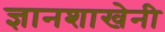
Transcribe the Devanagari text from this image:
ज्ञानशाखेनी